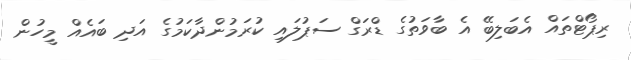
ރިޕޯޓްތައް އެބަލިބޭ އެ ބާވަތުގެ ޑްރަގް ސަޕުލައި ކުރަމުންދާކަމުގެ އަދި ބައެއް މީހުން